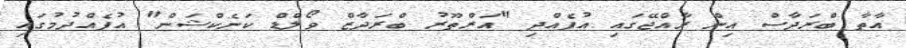
އާތާ ބްރަދާސް އިން ރާއްޖޭގައި އުފެއްދި "އަރްތޫރު ބްރަދާޒް ވޯލްޑް ކަނެކްޝަން" އުފެއްދުމުގައި